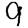
Digit: 9